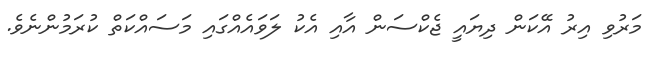
މަރުވި އިރު އޭކަން ދިޔައީ ޖެކްސަން އާއި އެކު ލަވައެއްގައި މަސައްކަތް ކުރަމުންނެވެ.